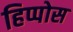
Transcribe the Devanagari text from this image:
हिप्पोस